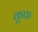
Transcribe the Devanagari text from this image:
कूफ